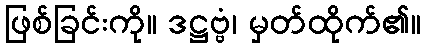
ဖြစ်ခြင်းကို။ ဒဋ္ဌဗ္ဗံ၊ မှတ်ထိုက်၏။